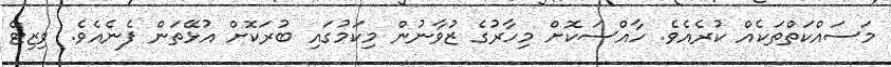
މަސައްކަތްތަކެއް ކުރެއެވެ. ހާއްސަކޮށް މިހާރުގެ ޒުވާނުން މިކަމުގައި ބުރަކޮށް އުޅޭތަން ފެނެއެވެ. ވިޒިޓް